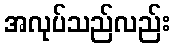
အလုပ်သည်လည်း